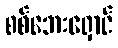
စစ်ဘေးရှောင်